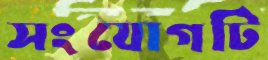
সংযোগটি